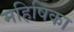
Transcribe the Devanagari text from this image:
महिषिका